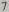
Text: 8